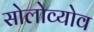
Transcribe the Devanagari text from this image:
सोलोव्योव